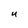
Character: U